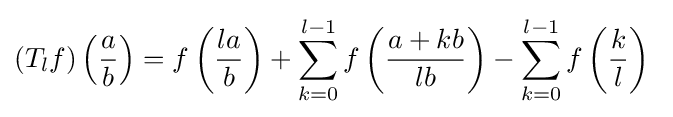
(T_{l}f)\left({\frac {a}{b}}\right)=f\left({\frac {la}{b}}\right)+\sum _{k=0}^{l-1}f\left({\frac {a+kb}{lb}}\right)-\sum _{k=0}^{l-1}f\left({\frac {k}{l}}\right)\